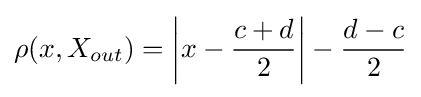
\rho (x,X_{out})=\left|x-{\frac {c+d}{2}}\right|-{\frac {d-c}{2}}